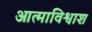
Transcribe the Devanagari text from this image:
आत्माविश्वाश